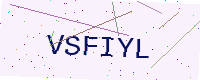
Text: VSFIYL